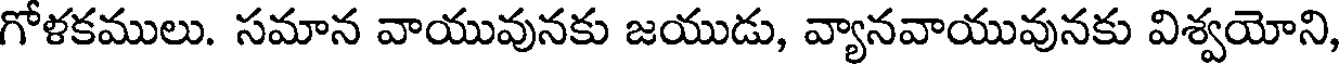
గోళకములు. సమాన వాయువునకు జయుడు, వ్యానవాయువునకు విశ్వయోని,